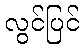
လွင်ပြင်